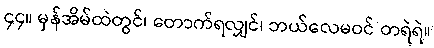
၄၄။ မှန်အိမ်ထဲတွင်၊ တောက်ရလျှင်၊ ဘယ်လေမဝင် တရဲရဲ။